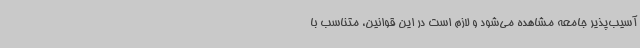
آسیب‌پذیر جامعه مشاهده می‌شود و لازم است در این قوانین، متناسب با